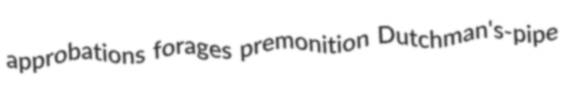
approbations forages premonition Dutchman's-pipe